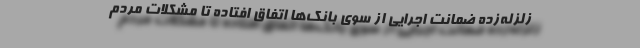
زلزله‌زده ضمانت اجرایی از سوی بانک‌ها اتفاق افتاده تا مشکلات مردم